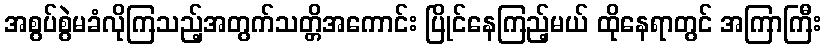
အစွပ်စွဲမခံလိုကြသည့်အတွက်သတ္တိအကောင်း ပြိုင်နေကြည့်မယ် ထိုနေရာတွင် အကြာကြီး